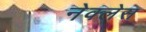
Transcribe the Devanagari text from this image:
नेक्लेस